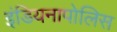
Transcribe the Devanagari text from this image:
इंडियनापोलिस